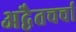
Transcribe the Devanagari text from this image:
अद्वैतचर्चा